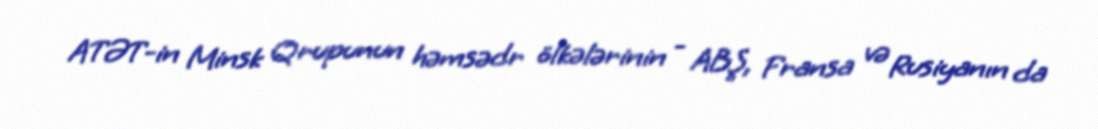
ATƏT-in Minsk Qrupunun həmsədr ölkələrinin - ABŞ, Fransa və Rusiyanın da